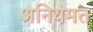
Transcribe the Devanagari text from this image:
अनियमत